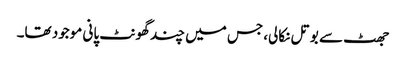
جھٹ سے بوتل نکالی، جس میں چند گھونٹ پانی موجود تھا۔